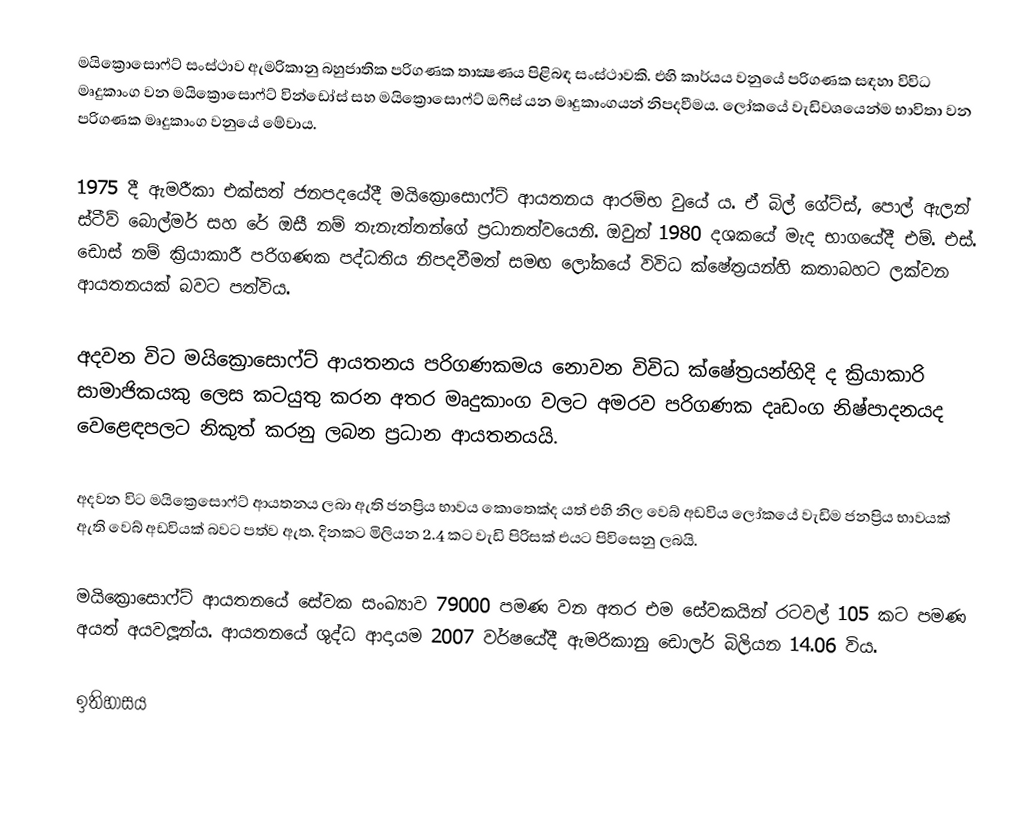
මයික්‍රොසොෆ්ට් සංස්ථාව ඇමරිකානු බහුජාතික පරිගණක තාක්‍ෂණය පිළිබඳ සංස්ථාවකි. එහි කාර්යය වනුයේ පරිගණක සඳහා විවිධ මෘදුකාංග වන මයික්‍රොසොෆ්ට් වින්ඩෝස් සහ මයික්‍රොසොෆ්ට් ඔෆිස් යන මෘදුකාංගයන් නිපදවීමය. ලෝකයේ වැඩිවශයෙන්ම භාවිතා වන පරිගණක මෘදුකාංග වනුයේ මේවාය.

1975 දී ඇමරීකා එක්සත් ජනපදයේදී මයික්‍රොසොෆ්ට් ආයතනය ආරම්භ වුයේ ය. ඒ බිල් ගේට්ස්, පොල් ඇලන් ස්ටීව් බොල්මර් සහ රේ ඔසී නම් තැනැත්තන්ගේ ප්‍රධානත්වයෙනි. ඔවුන් 1980 දශකයේ මැද භාගයේදී එම්. එස්. ඩොස් නම් ක්‍රියාකාරී පරිගණක පද්ධතිය නිපදවීමත් සමඟ ලෝකයේ විවිධ ක්ෂේත‍්‍රයන්හි කතාබහට ලක්වන ආයතනයක් බවට පත්විය.

අදවන විට මයික්‍රොසොෆ්ට් ආයතනය පරිගණකමය නොවන විවිධ ක්ෂේත‍්‍රයන්හිදි ද ක්‍රියාකාරි සාමාජිකයකු ලෙස කටයුතු කරන අතර මෘදුකාංග වලට අමරව පරිගණක දෘඩංග නිෂ්පාදනයද වෙළෙඳපලට නිකුත් කරනු ලබන ප්‍රධාන ආයතනයයි.

අදවන විට මයික්‍රෙසොෆ්ට් ආයතනය ලබා ඇති ජනප්‍රිය භාවය කොතෙක්ද යත් එහි නිල වෙබ් අඩවිය ලෝකයේ වැඩිම ජනප්‍රිය භාවයක් ඇති වෙබ් අඩවියක් බවට පත්ව ඇත. දිනකට මිලියන 2.4 කට වැඩි පිරිසක් එයට පිවිසෙනු ලබයි.

මයික්‍රොසොෆ්ට් ආයතනයේ සේවක සංඛ්‍යාව 79000 පමණ වන අතර එම සේවකයින් රටවල් 105 කට පමණ අයත් අයවලූන්ය. ආයතනයේ ශුද්ධ ආදායම 2007 වර්ෂයේදී ඇමරිකානු ඩොලර් බිලියන 14.06 විය.

ඉතිහාසය